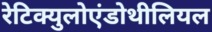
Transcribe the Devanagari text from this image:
रेटिक्युलोएंडोथीलियल